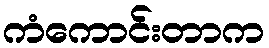
ကံကောင်းတာက